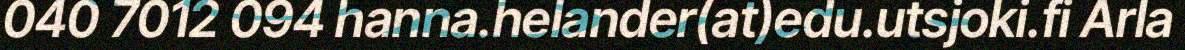
040 7012 094 hanna.helander(at)edu.utsjoki.fi Arla